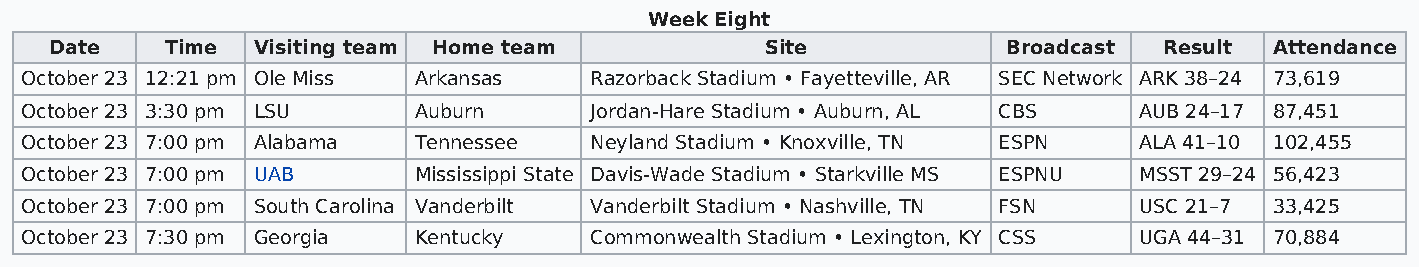
Week Eight
 Date    Time  Visiting team Home team           Site            Broadcast Result Attendance
 October 23 12:21 pm Ole Miss Arkansas Razorback Stadium • Fayetteville, AR SEC Network ARK 38–24 73,619
 October 23 3:30 pm LSU    Auburn      Jordan-Hare Stadium • Auburn, AL CBS AUB 24–17 87,451
 October 23 7:00 pm Alabama Tennessee  Neyland Stadium • Knoxville, TN ESPN ALA 41–10 102,455
 October 23 7:00 pm UAB    Mississippi State Davis-Wade Stadium • Starkville MS ESPNU MSST 29–24 56,423
 October 23 7:00 pm South Carolina Vanderbilt Vanderbilt Stadium • Nashville, TN FSN USC 21–7 33,425
 October 23 7:30 pm Georgia Kentucky   Commonwealth Stadium • Lexington, KY CSS UGA 44–31 70,884